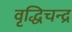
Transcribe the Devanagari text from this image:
वृद्धिचन्द्र